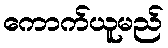
ကောက်ယူမည်